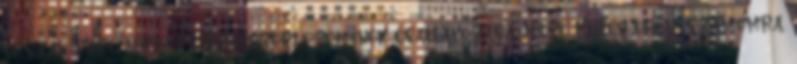
ország pártjainak és szakszervezeteinek csatlakozása jelzi. Külön öröm számomra,